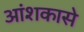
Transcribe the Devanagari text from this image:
आंशकासे